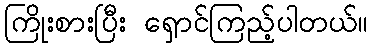
ကြိုးစားပြီး ရှောင်ကြည့်ပါတယ်။